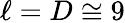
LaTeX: \ell=D\cong 9